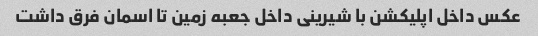
عکس داخل اپلیکشن با شیرینی داخل جعبه زمین تا اسمان فرق داشت